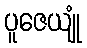
ပူဇေယျုံ